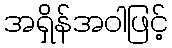
အရှိန်အဝါဖြင့်